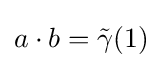
a\cdot b={\tilde {\gamma }}(1)